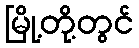
မြို့တို့တွင်